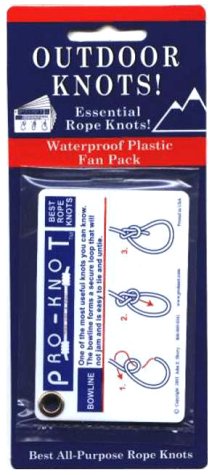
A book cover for PROKNOT Outdoor Knots; John E. Sherry; Sports & Outdoors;